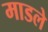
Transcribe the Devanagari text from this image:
माडले